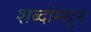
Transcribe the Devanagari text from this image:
शब्दांमधून